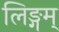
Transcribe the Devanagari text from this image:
लिङ्गम्‌